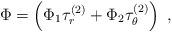
LaTeX: \begin{align*}\Phi= \left(\Phi_1 \tau_r^{(2)}+\Phi_2 \tau_\theta^{(2)}\right)\ ,\end{align*}